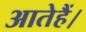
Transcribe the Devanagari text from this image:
आतेहैं।